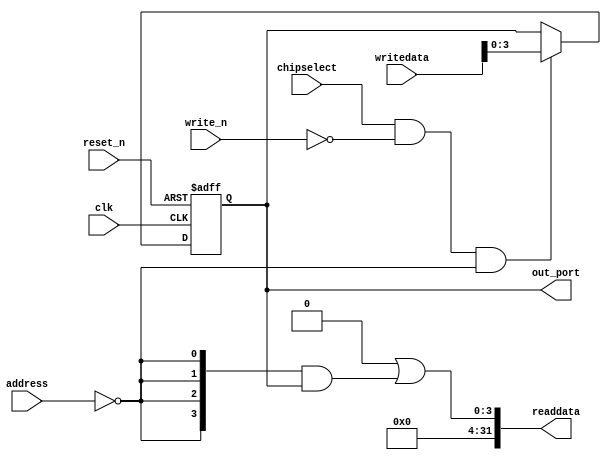
module nios_system_hex_0 (
                           // inputs:
                            address,
                            chipselect,
                            clk,
                            reset_n,
                            write_n,
                            writedata,

                           // outputs:
                            out_port,
                            readdata
                         )
;

  output  [  3: 0] out_port;
  output  [ 31: 0] readdata;
  input   [  1: 0] address;
  input            chipselect;
  input            clk;
  input            reset_n;
  input            write_n;
  input   [ 31: 0] writedata;

  wire             clk_en;
  reg     [  3: 0] data_out;
  wire    [  3: 0] out_port;
  wire    [  3: 0] read_mux_out;
  wire    [ 31: 0] readdata;
  assign clk_en = 1;
  //s1, which is an e_avalon_slave
  assign read_mux_out = {4 {(address == 0)}} & data_out;
  always @(posedge clk or negedge reset_n)
    begin
      if (reset_n == 0)
          data_out <= 0;
      else if (chipselect && ~write_n && (address == 0))
          data_out <= writedata[3 : 0];
    end


  assign readdata = {32'b0 | read_mux_out};
  assign out_port = data_out;

endmodule